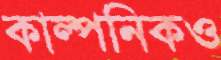
কাল্পনিকও